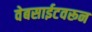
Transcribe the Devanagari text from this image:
वेबसाईटवरून